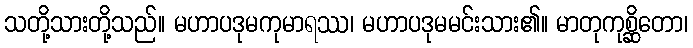
သတို့သားတို့သည်။ မဟာပဒုမကုမာရဿ၊ မဟာပဒုမမင်းသား၏။ မာတုကုစ္ဆိတော၊